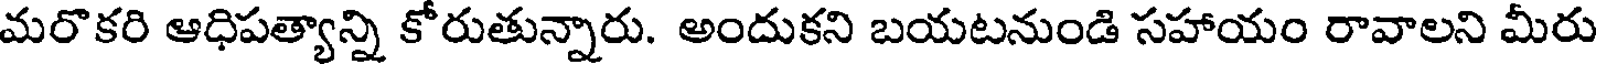
మరొకరి ఆధిపత్యాన్ని కోరుతున్నారు. అందుకని బయటనుండి సహాయం రావాలని మీరు